Investigations into the jail dietaries of the United Provinces with some observations on the influence of dietary on the physical development and well-being of the people of the United Provinces - Number 48
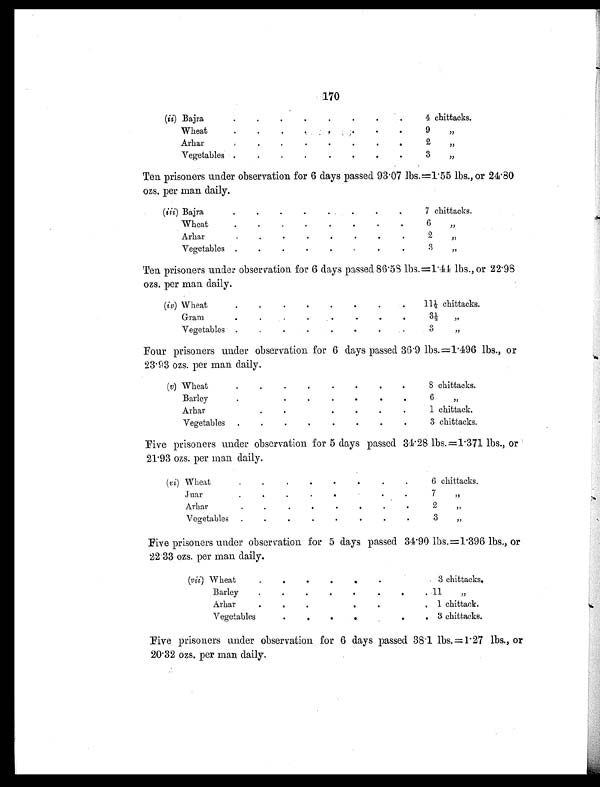
170
(ii) Baj ra
.
.
.
.
.
.
. .
4 chittacks.
Wheat
.
.
.
. _ .
.
.
.
9
"
Arhar
.
.
.
.
.
.
.
.
2
"
Vegetables
.
.
.
.
.
. .
3
"
Ten prisoners under observation for 6 days passed 93.07 lbs. = 1.55 lbs., or 24.80
ozs. per man daily.
(iii) Bajra
.
.
.
.
.
.
.
7 chittacks.
Wheat
.
.
.
.
.
.
.
.
6
"
Arhar
.
.
.
.
.
.
.
.
2
"
Vegetables .
.
.
.
.
.
.
.
3
"
Ten prisoners under observation for 6 days passed 86.58 lbs. =1.44 lbs., or 22.98
ozs. per man daily.
(iv) Wheat
.
.
.
.
.
.
.
.
1 1 ½ chittacks.
Gram
.
.
.
.
. .
.
.
3½ "
Vegetables .
.
.
.
.
.
.
. 3
"
Four prisoners under observation for 6 days passed 36.9 lbs. =1.496 lbs., or
23.93 ozs. per man daily.
(v) Wheat
. .
.
.
.
.
.
. 8 chittacks.
Bar l ey
.
.
.
.
.
.
.
.
6
,,
Arhar
.
.
.
.
.
.
.
.
1 chittack.
Vegetables
.
.
.
.
.
.
.
.
3 chittacks.
Five prisoners under observation for 5 days passed 34.28 lbs. =1.371 lbs.,. or
21.93 ozs. per man daily.
(vi) Wheat
.
.
.
.
.
.
.
.
. chittacks.
Juar
.
.
.
.
.
.
.
7
,,
Arhar
.
.
.
. .
.
.
.
2
"
Vegetables .
.
.
.
.
. .
.
3
"
Five prisoners under observation for 5 days passed 34.90 lbs. =1.396 lbs., or
22.33 ozs. per man daily.
(vii) Wheat
. .
.
.
.
.
. . 3 chittacks.
Barley
.
.
.
.
.
.
.
. 11
"
Arhar
.
. .
.
.
. , 1 chittack.
Vegetables . .
.
.
.
.
. . 3 chittacks.
Five prisoners under observation for 6 days passed 38.1 lbs. =1.27 lbs., or
20.32 ozs. per man daily.